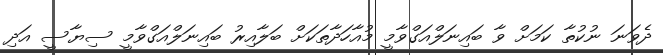
ދެވަނަ ނުކުތާ ކަމަށް ވާ ބައިނަލްއަގްވާމީ މުއާހަދާތަކަށް ބަލާއިރު ބައިނަލްއަގްވާމީ ސިޔާސީ އަދި